Problem: 11 + 34 = ?
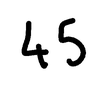
Handwritten answer: 45